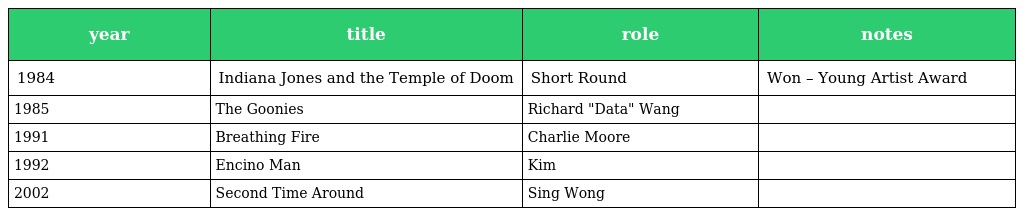
| year | title | role | notes |
 | --- | --- | --- | --- |
 | 1984 | Indiana Jones and the Temple of Doom | Short Round | Won – Young Artist Award |
 | 1985 | The Goonies | Richard "Data" Wang |  |
 | 1991 | Breathing Fire | Charlie Moore |  |
 | 1992 | Encino Man | Kim |  |
 | 2002 | Second Time Around | Sing Wong |  |